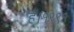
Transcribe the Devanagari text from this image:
हैं।१९९१